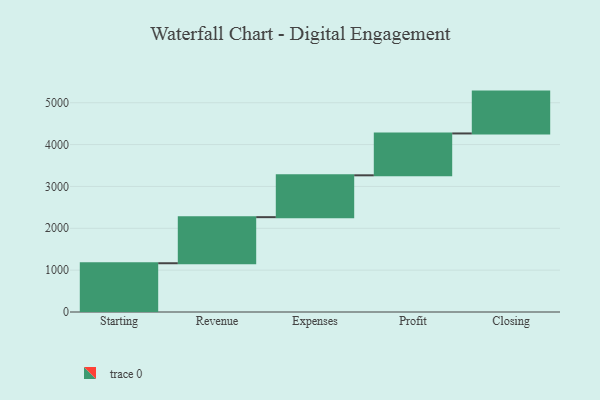
{"axis": {"x": "Step", "y": "Value"}, "legend": [""], "data": [{"x": "Starting", "y": 1165.0, "type": ""}, {"x": "Revenue", "y": 1101.0, "type": ""}, {"x": "Expenses", "y": 1000, "type": ""}, {"x": "Profit", "y": 1000, "type": ""}, {"x": "Closing", "y": 1000, "type": ""}]}